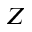
Z